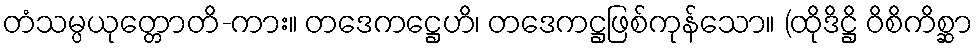
တံသမ္ပယုတ္တောတိ-ကား။ တဒေကဋ္ဌေဟိ၊ တဒေကဋ္ဌဖြစ်ကုန်သော။ (ထိုဒိဋ္ဌိ ဝိစိကိစ္ဆာ